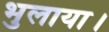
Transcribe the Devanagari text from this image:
भुलाया।